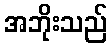
အဘိုးသည်